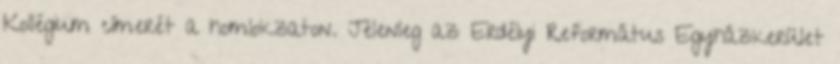
Kollégium címerét a homlokzaton. Jelenleg az Erdélyi Református Egyházkerület